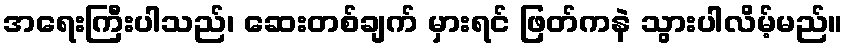
အရေးကြီးပါသည်၊ ဆေးတစ်ချက် မှားရင် ဖြတ်ကနဲ သွားပါလိမ့်မည်။